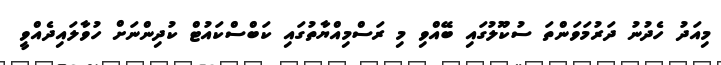
މިއަދު ހެދުނު ދަރުމަވަންތަ ސުކޫލުގައި ބޭއްވި މި ރަސްމިއްޔާތުގައި ކަބްސްކައުޓް ކުދިންނަށް ހުވާލައިދެއްވީ